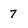
Character: 7